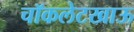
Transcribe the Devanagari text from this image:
चॉकलेटखाऊ